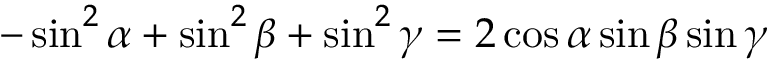
- \sin ^ { 2 } \alpha + \sin ^ { 2 } \beta + \sin ^ { 2 } \gamma = 2 \cos \alpha \sin \beta \sin \gamma